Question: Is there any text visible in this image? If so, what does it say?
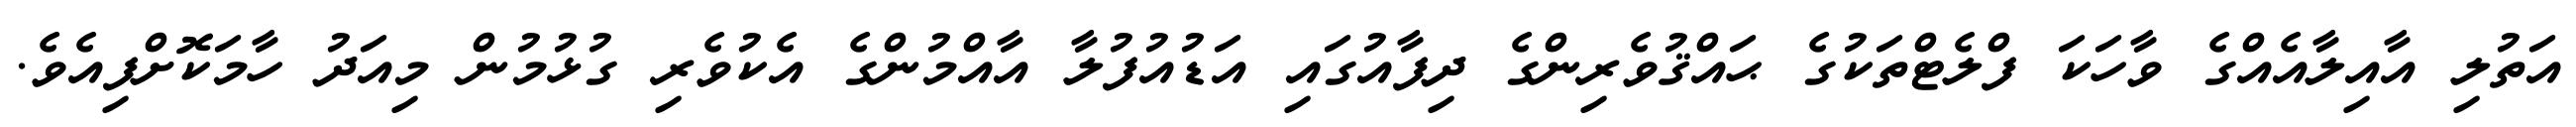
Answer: އަތުލި އާއިލާއެއްގެ ވާހަކަ ފްލެޓްތަކުގެ ޙައްޤުވެރިންގެ ދިފާއުގައި އަޑުއުފުލާ އާއްމުންގެ އެކުވެރި ގުޅުމުން މިއަދު ހާމަކޮށްފިއެވެ.